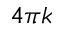
4 \pi k